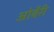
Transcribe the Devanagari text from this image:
ओवैरी